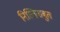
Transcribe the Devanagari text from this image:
निस्तिनाबुत